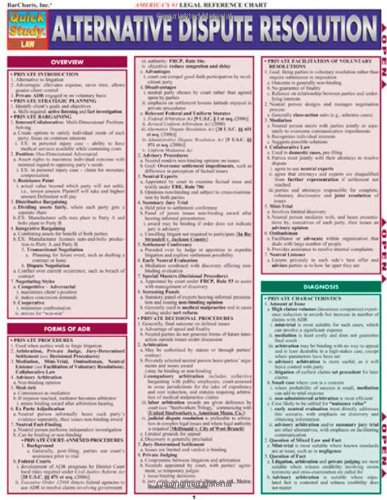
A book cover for Alternative Dispute Resolution (Academic); Inc. BarCharts; Law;